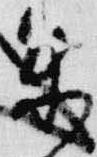
来